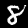
Label: 8